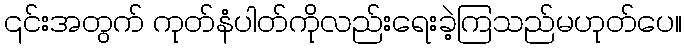
၎င်းအတွက် ကုတ်နံပါတ်ကိုလည်းရေးခဲ့ကြသည်မဟုတ်ပေ။